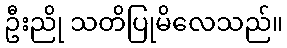
ဦးညို သတိပြုမိလေသည်။